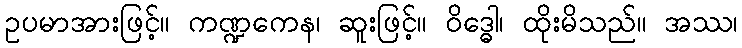
ဥပမာအားဖြင့်။ ကဏ္ဍကေန၊ ဆူးဖြင့်။ ဝိဒ္ဓေါ၊ ထိုးမိသည်။ အဿ၊